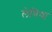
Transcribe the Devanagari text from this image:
लेगिया